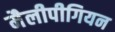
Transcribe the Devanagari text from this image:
मैलीपीगियन